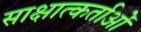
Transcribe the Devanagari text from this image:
साक्षात्कर्ताओं